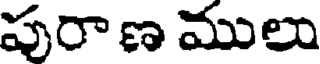
పురా ణ ములు